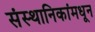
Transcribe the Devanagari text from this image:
संस्थानिकांमधून